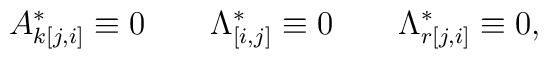
A^{*}_{k[j,i]}\equiv 0\qquad \Lambda ^{*}_{[i,j]}\equiv 0\qquad\Lambda ^{*}_{r[j,i]}\equiv 0 ,